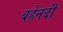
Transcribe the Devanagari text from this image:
बहेनदी